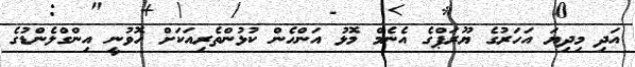
އަދި މިދިޔަ އަހަރުގެ ޔޫރަޕްގެ އެނެމް މޮޅު އަންހެން ކުޅުންތެރިއަކަށް ހޮވުނީ އިންގްލެންޑުގެ